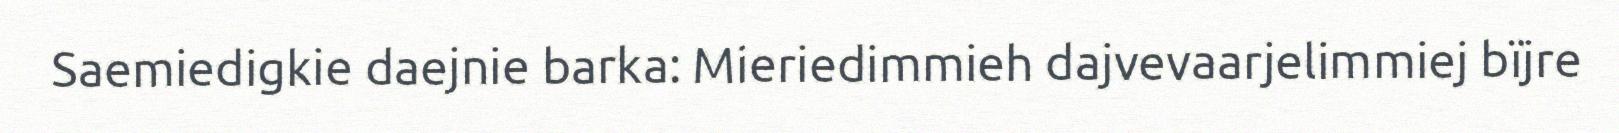
Saemiedigkie daejnie barka: Mieriedimmieh dajvevaarjelimmiej bïjre